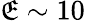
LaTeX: \mathfrak{E}\sim10